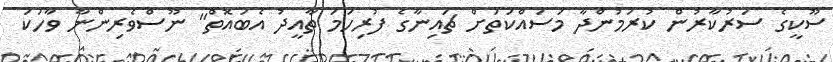
ސޫކީގެ ސަރުކާރުން ކުރަމުންދާ މަސައްކަތަށް ޗައިނާގެ ފުރިހަމަ ތާއީދު އެބައޮތް" ނޫސްވެރިންނާ ވާހަކަ